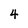
Character: 4